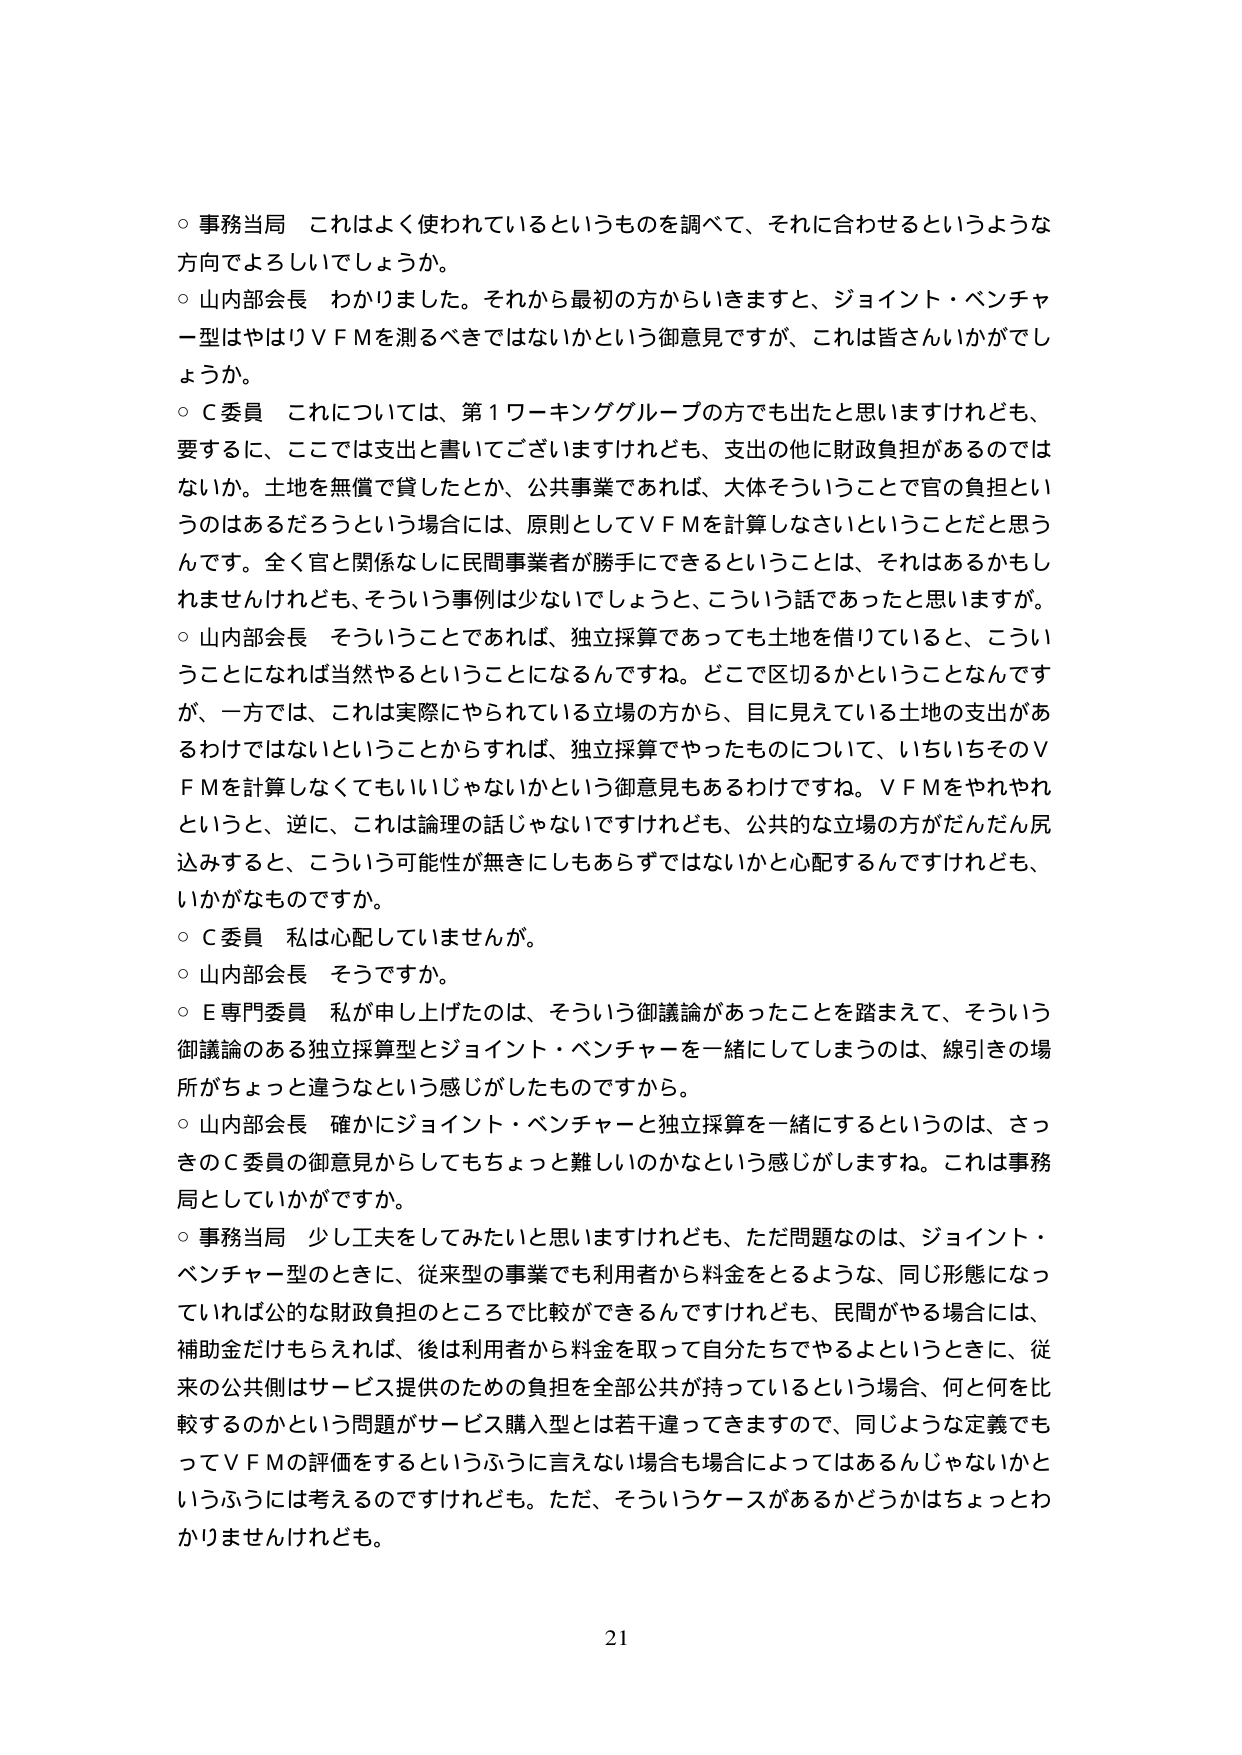
○ 事務当局 これはよく使われているというものを調べて、それに合わせるというような方向でよろしいでしょうか。

○ 山内部会長 わかりました。それから最初の方からいきますと、ジョイント・ベンチャー型はやはりＶＦＭを測るべきではないかという御意見ですが、これは皆さんいかがでしょうか。

○ Ｃ委員 これについては、第１ワーキンググループの方でも出たと思いますけれども、要するに、ここでは支出と書いてございますけれども、支出の他に財政負担があるのではないか。土地を無償で貸したとか、公共事業であれば、大体そういうことで官の負担というのはあるだろうという場合には、原則としてＶＦＭを計算しなさいということだと思うんです。全く官と関係なしに民間事業者が勝手にできるということは、それはあるかもしれませんが、そういう事例は少ないでしょうと、こういう話であったと思いますが。

○ 山内部会長 そういうことであれば、独立採算であっても土地を借りていると、こういうことになれば当然やるということになるんですね。どこで区切るかということなんです が、一方では、これは実際にやられている立場の方から、目に見えている土地の支出があるわけではないということからすれば、独立採算でやったものについて、いちいちそのＶＦＭを計算しなくてもいいじゃないかという御意見もあるわけですね。ＶＦＭをやれやれというと、逆に、これは論理の話じゃないですけれども、公共的な立場の方がだんだん尻込みすると、こういう可能性が無きにしもあらずではないかと心配するんですけれども、いかがなものですか。

○ Ｃ委員 私は心配していませんが。

○ 山内部会長 そうですか。

○ Ｅ専門委員 私が申し上げたのは、そういう御議論があったことを踏まえて、そういう御議論のある独立採算型とジョイント・ベンチャーを一緒にしてしまうのは、線引きの場所がちょっと違うという感じがしたものですから。

○ 山内部会長 確かにジョイント・ベンチャーと独立採算を一緒にするのは、さっきのＣ委員の御意見からしてもちょっと難しいのかなという感じがしますね。これは事務局としていかがですか。

○ 事務当局 少し工夫をしてみたいと思いますけれども、ただ問題なのは、ジョイント・ベンチャー型のときに、従来型の事業でも利用者から料金をとるような、同じ形態になっていれば公的な財政負担のところまで比較ができるんですけれども、民間がやる場合には、補助金だけもらえれば、後は利用者から料金を取って自分たちでやるよというときに、従来の公共側はサービス提供のための負担を全部公共が持っているという場合、何と何を比較するのかという問題がサービス購入型とは若干違ってきますので、同じような定義でもってＶＦＭの評価をするというふうに言えない場合も場合によってはあるんじゃないかというふうには考えるのですけれども。ただ、そういうケースがあるかどうかはちょっとわかりませんけれども。

21